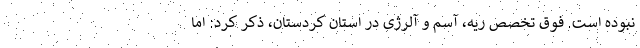
نبوده است. فوق تخصص ریه، آسم و آلرژی در استان کردستان، ذکر کرد: اما